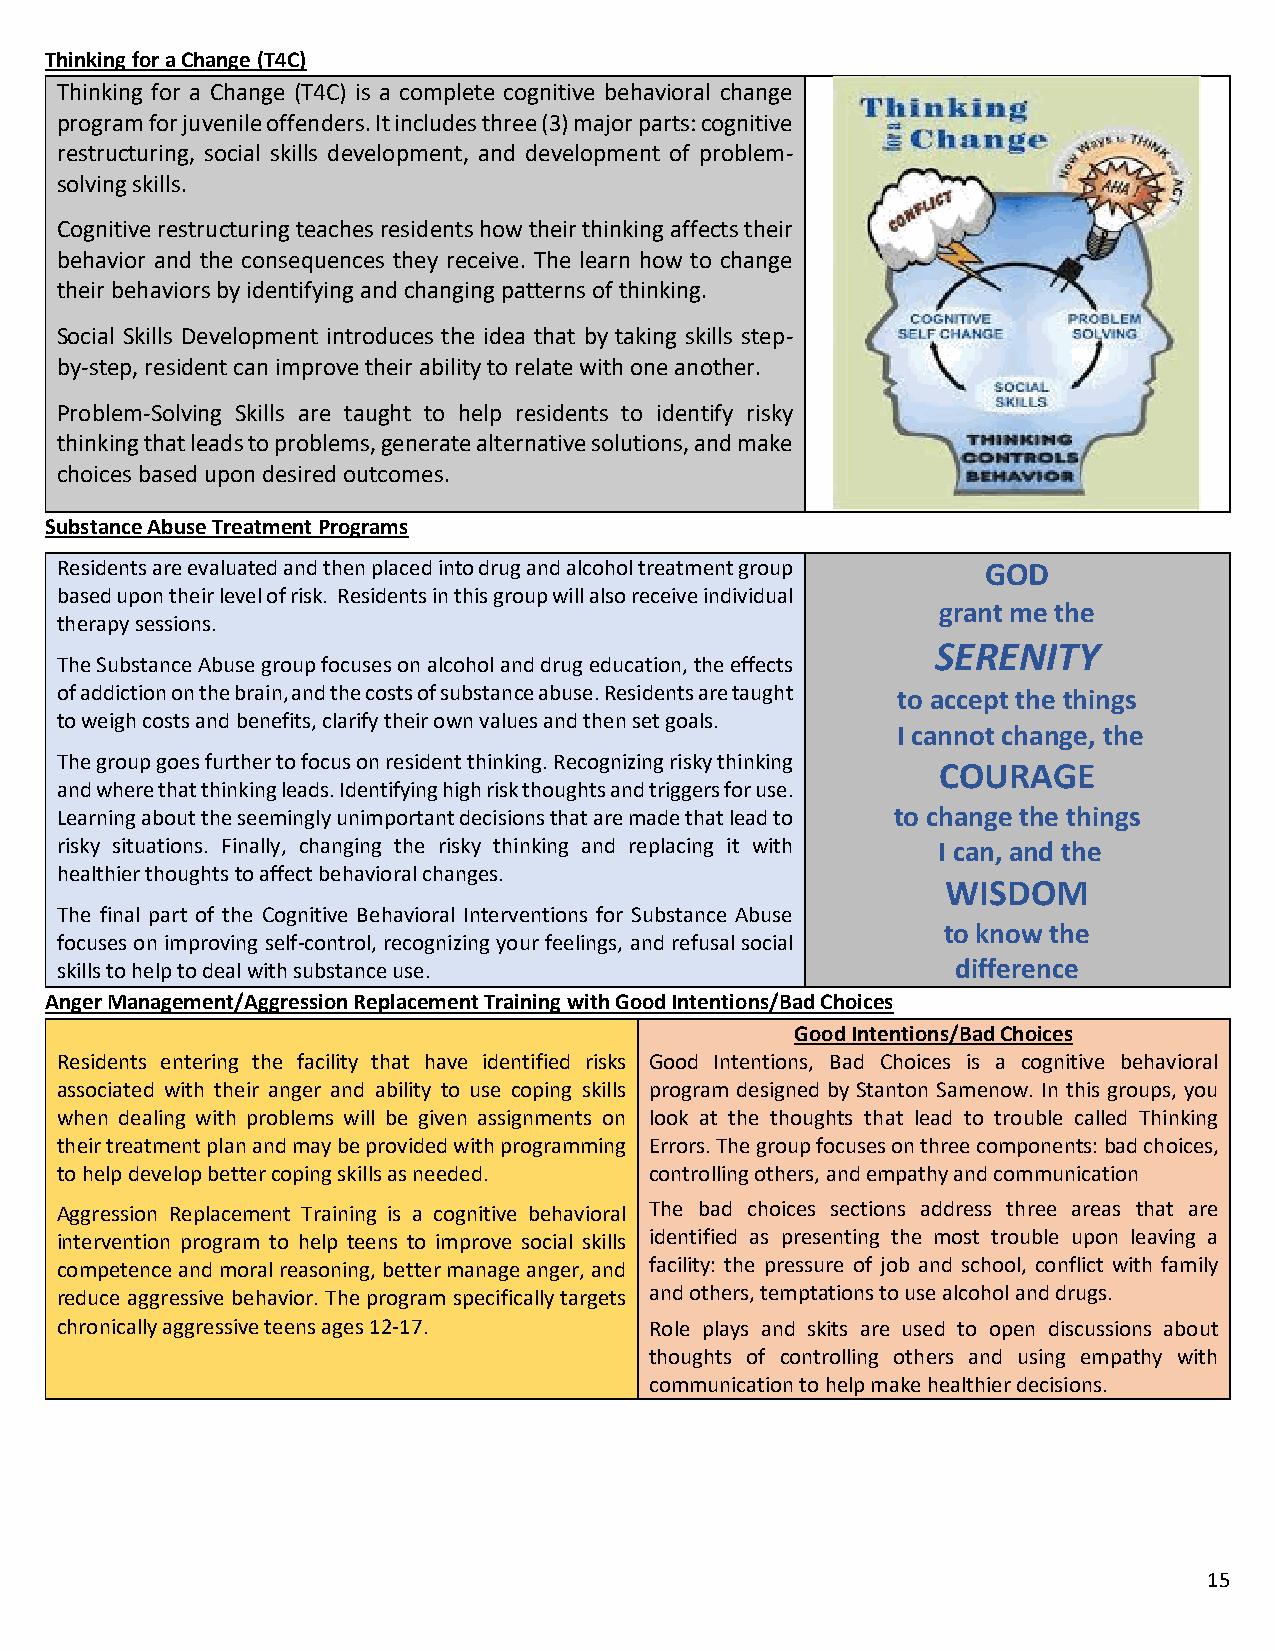
Thinking for a Change (T4C)
 Thinking for a Change (T4C) is a complete cognitive behavioral change
 program for juvenile offenders. It includes three (3) major parts: cognitive
 restructuring, social skills development, and development of problem-
 solving skills.
 Cognitive restructuring teaches residents how their thinking affects their
 behavior and the consequences they receive. The learn how to change
 their behaviors by identifying and changing patterns of thinking.
 Social Skills Development introduces the idea that by taking skills step-
 by-step, resident can improve their ability to relate with one another.
 Problem-Solving Skills are taught to help residents to identify risky
 thinking that leads to problems, generate alternative solutions, and make
 choices based upon desired outcomes.
 Substance Abuse Treatment Programs
 Residents are evaluated and then placed into drug and alcohol treatment group GOD
 based upon their level of risk. Residents in this group will also receive individual
 grant me the
 therapy sessions.
 SERENITY
 The Substance Abuse group focuses on alcohol and drug education, the effects
 of addiction on the brain, and the costs of substance abuse. Residents are taught to accept the things
 to weigh costs and benefits, clarify their own values and then set goals.
 I cannot change, the
 The group goes further to focus on resident thinking. Recognizing risky thinking
 COURAGE
 and where that thinking leads. Identifying high risk thoughts and triggers for use.
 Learning about the seemingly unimportant decisions that are made that lead to to change the things
 risky situations. Finally, changing the risky thinking and replacing it with I can, and the
 healthier thoughts to affect behavioral changes.
 WISDOM
 The final part of the Cognitive Behavioral Interventions for Substance Abuse
 to know the
 focuses on improving self-control, recognizing your feelings, and refusal social
 skills to help to deal with substance use.                 difference
 Anger Management/Aggression Replacement Training with Good Intentions/Bad Choices
 Good Intentions/Bad Choices
 Residents entering the facility that have identified risks Good Intentions, Bad Choices is a cognitive behavioral
 associated with their anger and ability to use coping skills program designed by Stanton Samenow. In this groups, you
 when dealing with problems will be given assignments on look at the thoughts that lead to trouble called Thinking
 their treatment plan and may be provided with programming Errors. The group focuses on three components: bad choices,
 to help develop better coping skills as needed. controlling others, and empathy and communication
 Aggression Replacement Training is a cognitive behavioral The bad choices sections address three areas that are
 intervention program to help teens to improve social skills identified as presenting the most trouble upon leaving a
 competence and moral reasoning, better manage anger, and facility: the pressure of job and school, conflict with family
 reduce aggressive behavior. The program specifically targets and others, temptations to use alcohol and drugs.
 chronically aggressive teens ages 12-17. Role plays and skits are used to open discussions about
 thoughts of controlling others and using empathy with
 communication to help make healthier decisions.
 15